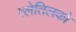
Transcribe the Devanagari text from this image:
त्लेतिलको